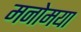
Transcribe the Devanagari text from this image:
मनोमया